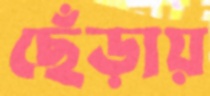
ছেঁড়ায়